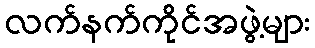
လက်နက်ကိုင်အဖွဲ့များ